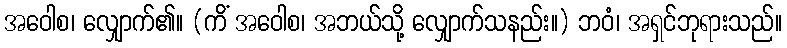
အဝေါစ၊ လျှောက်၏။ (ကိံ အဝေါစ၊ အဘယ်သို့ လျှောက်သနည်း။) ဘဝံ၊ အရှင်ဘုရားသည်။